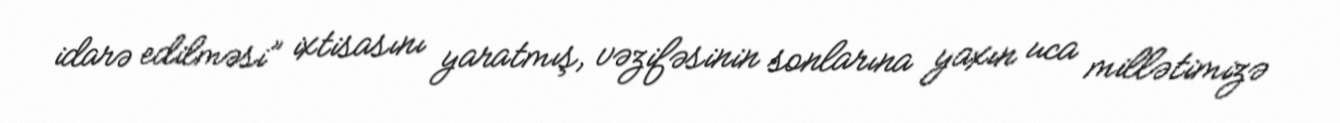
idarə edilməsi” ixtisasını yaratmış, vəzifəsinin sonlarına yaxın uca millətimizə